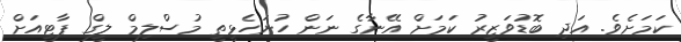
ކަމަށެވެ. އަދި ބޮޑުވަޒީރު ކަމަށް އޭނާގެ ނަން ހުށަހެޅީތީ މުސްލިމް ލީގް ޕާޓީއަށް